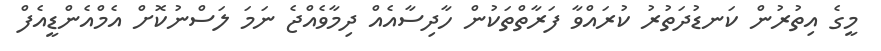
މީގެ އިތުރުން ކަނޑުދަތުރު ކުރައްވާ ފަރާތްތަކުން ހާދިސާއެއް ދިމާވެއްޖެ ނަމަ ލަސްނުކޮށް އެމްއެންޑީއެފް